65_HS1-834228961_62-HQ-83894_Section_8
Agency: FBI
Page 140
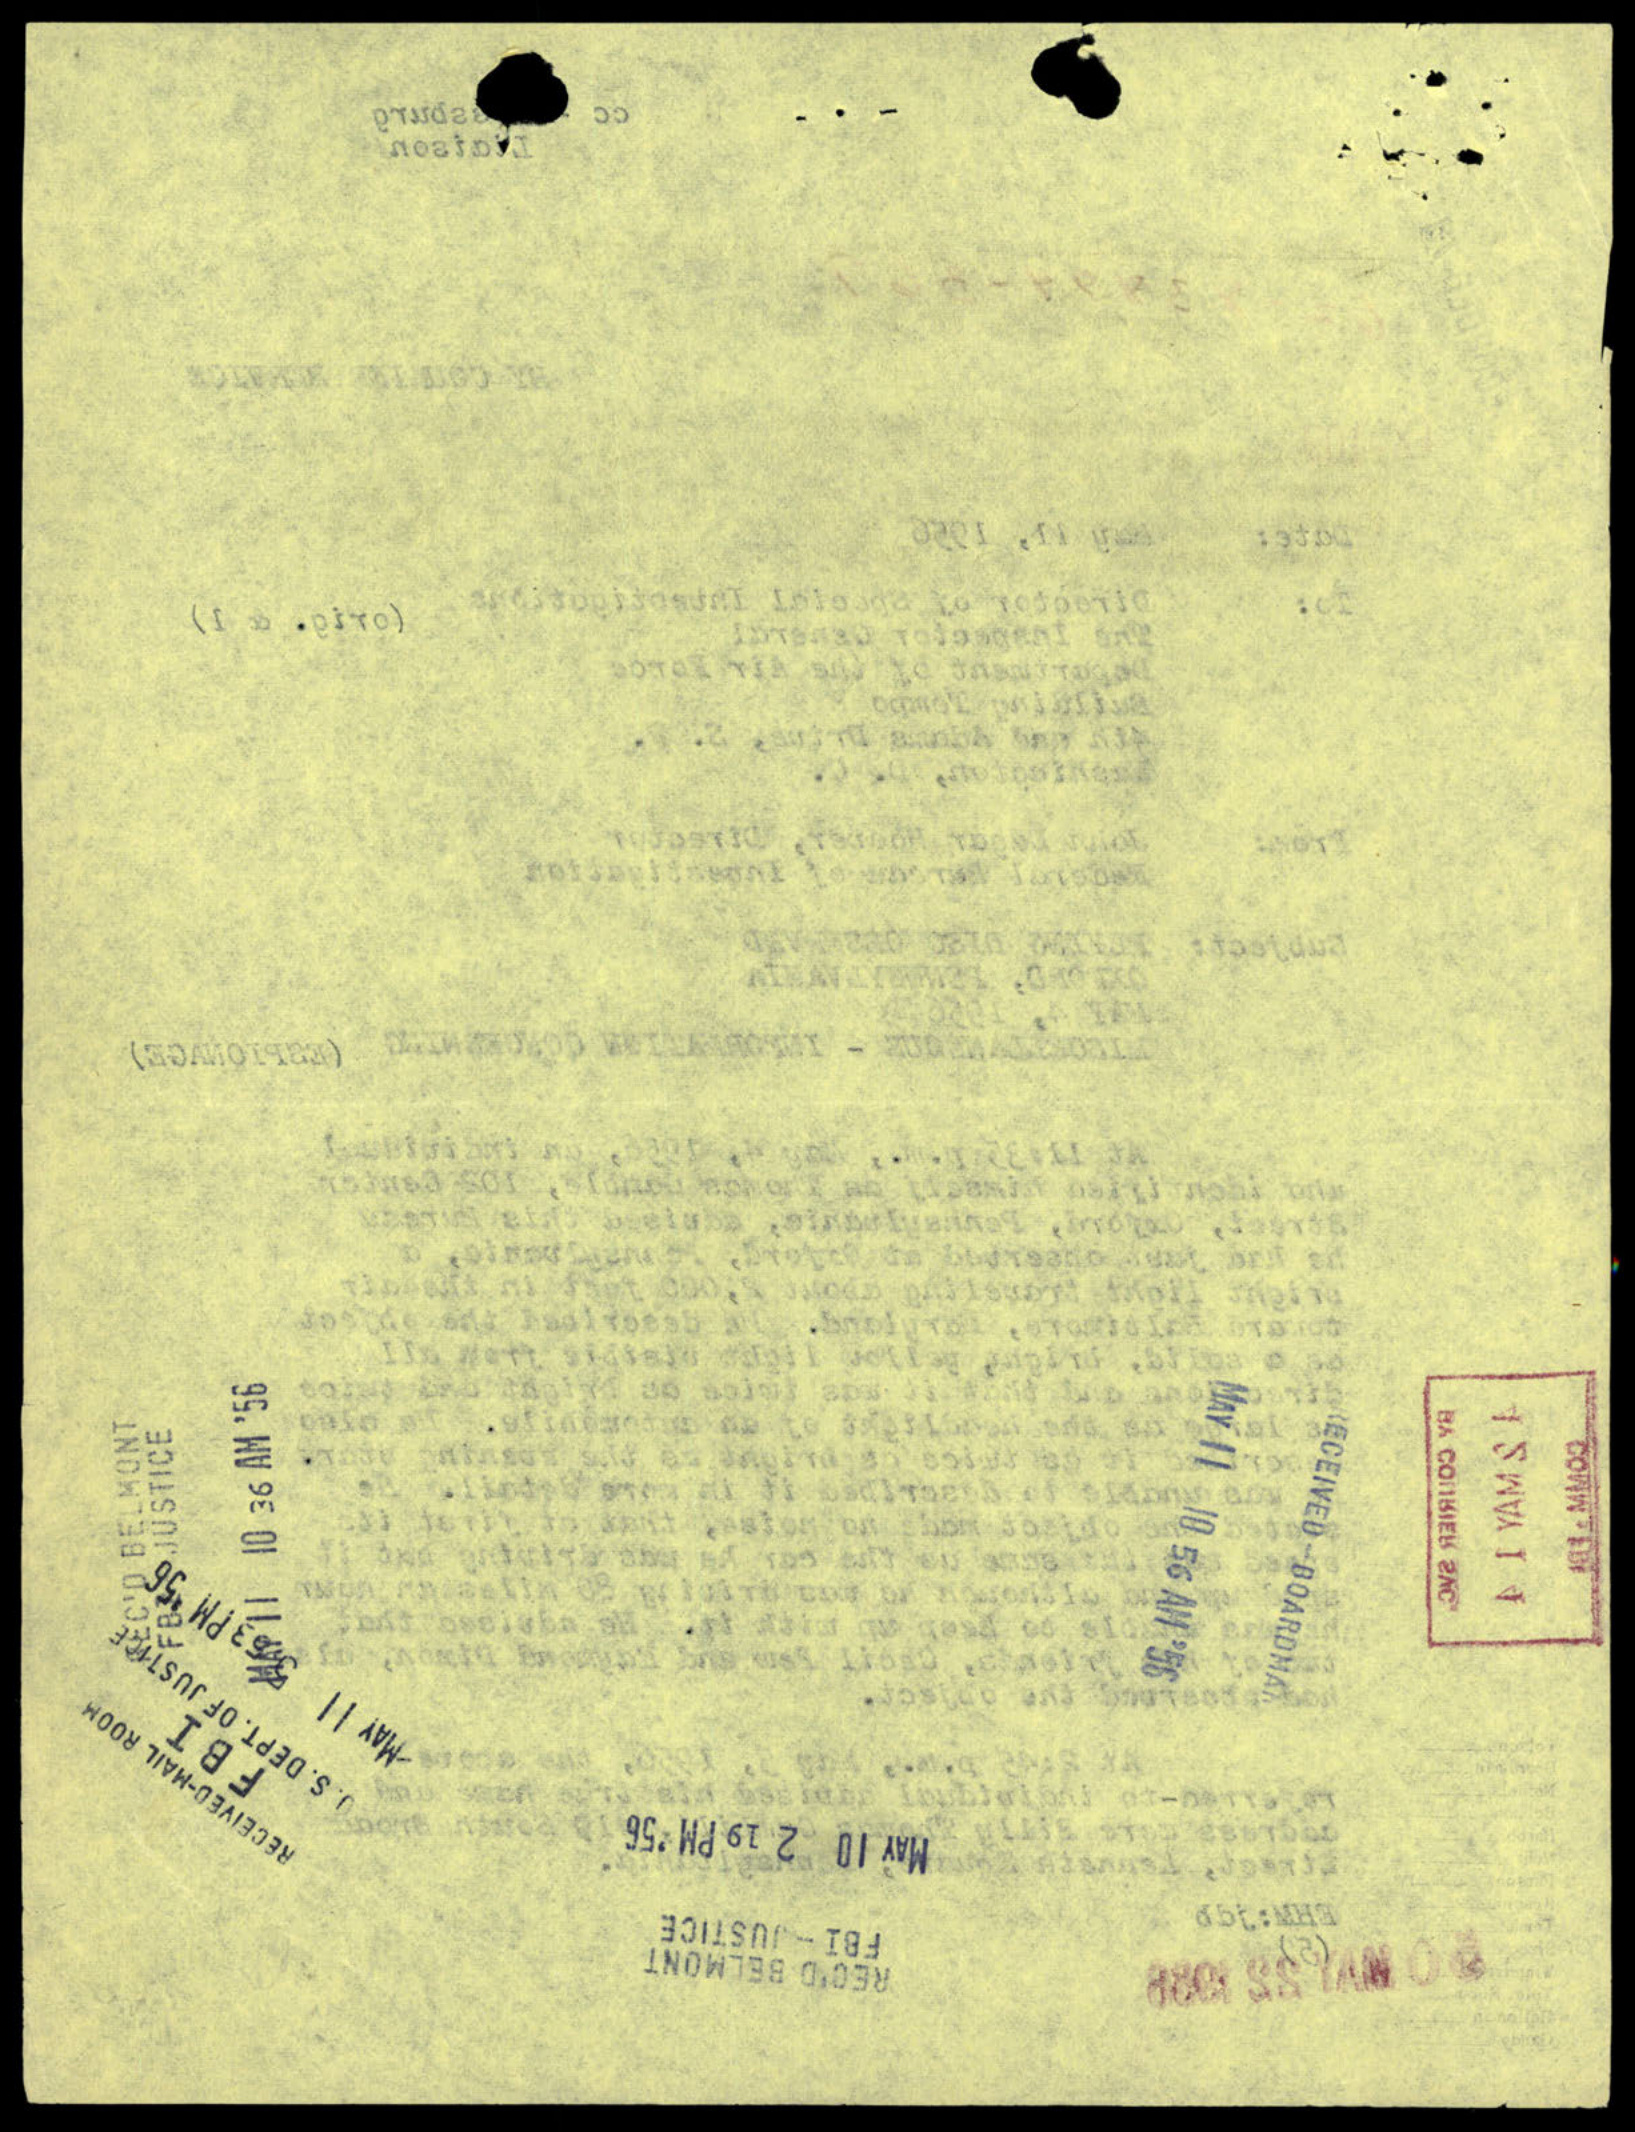